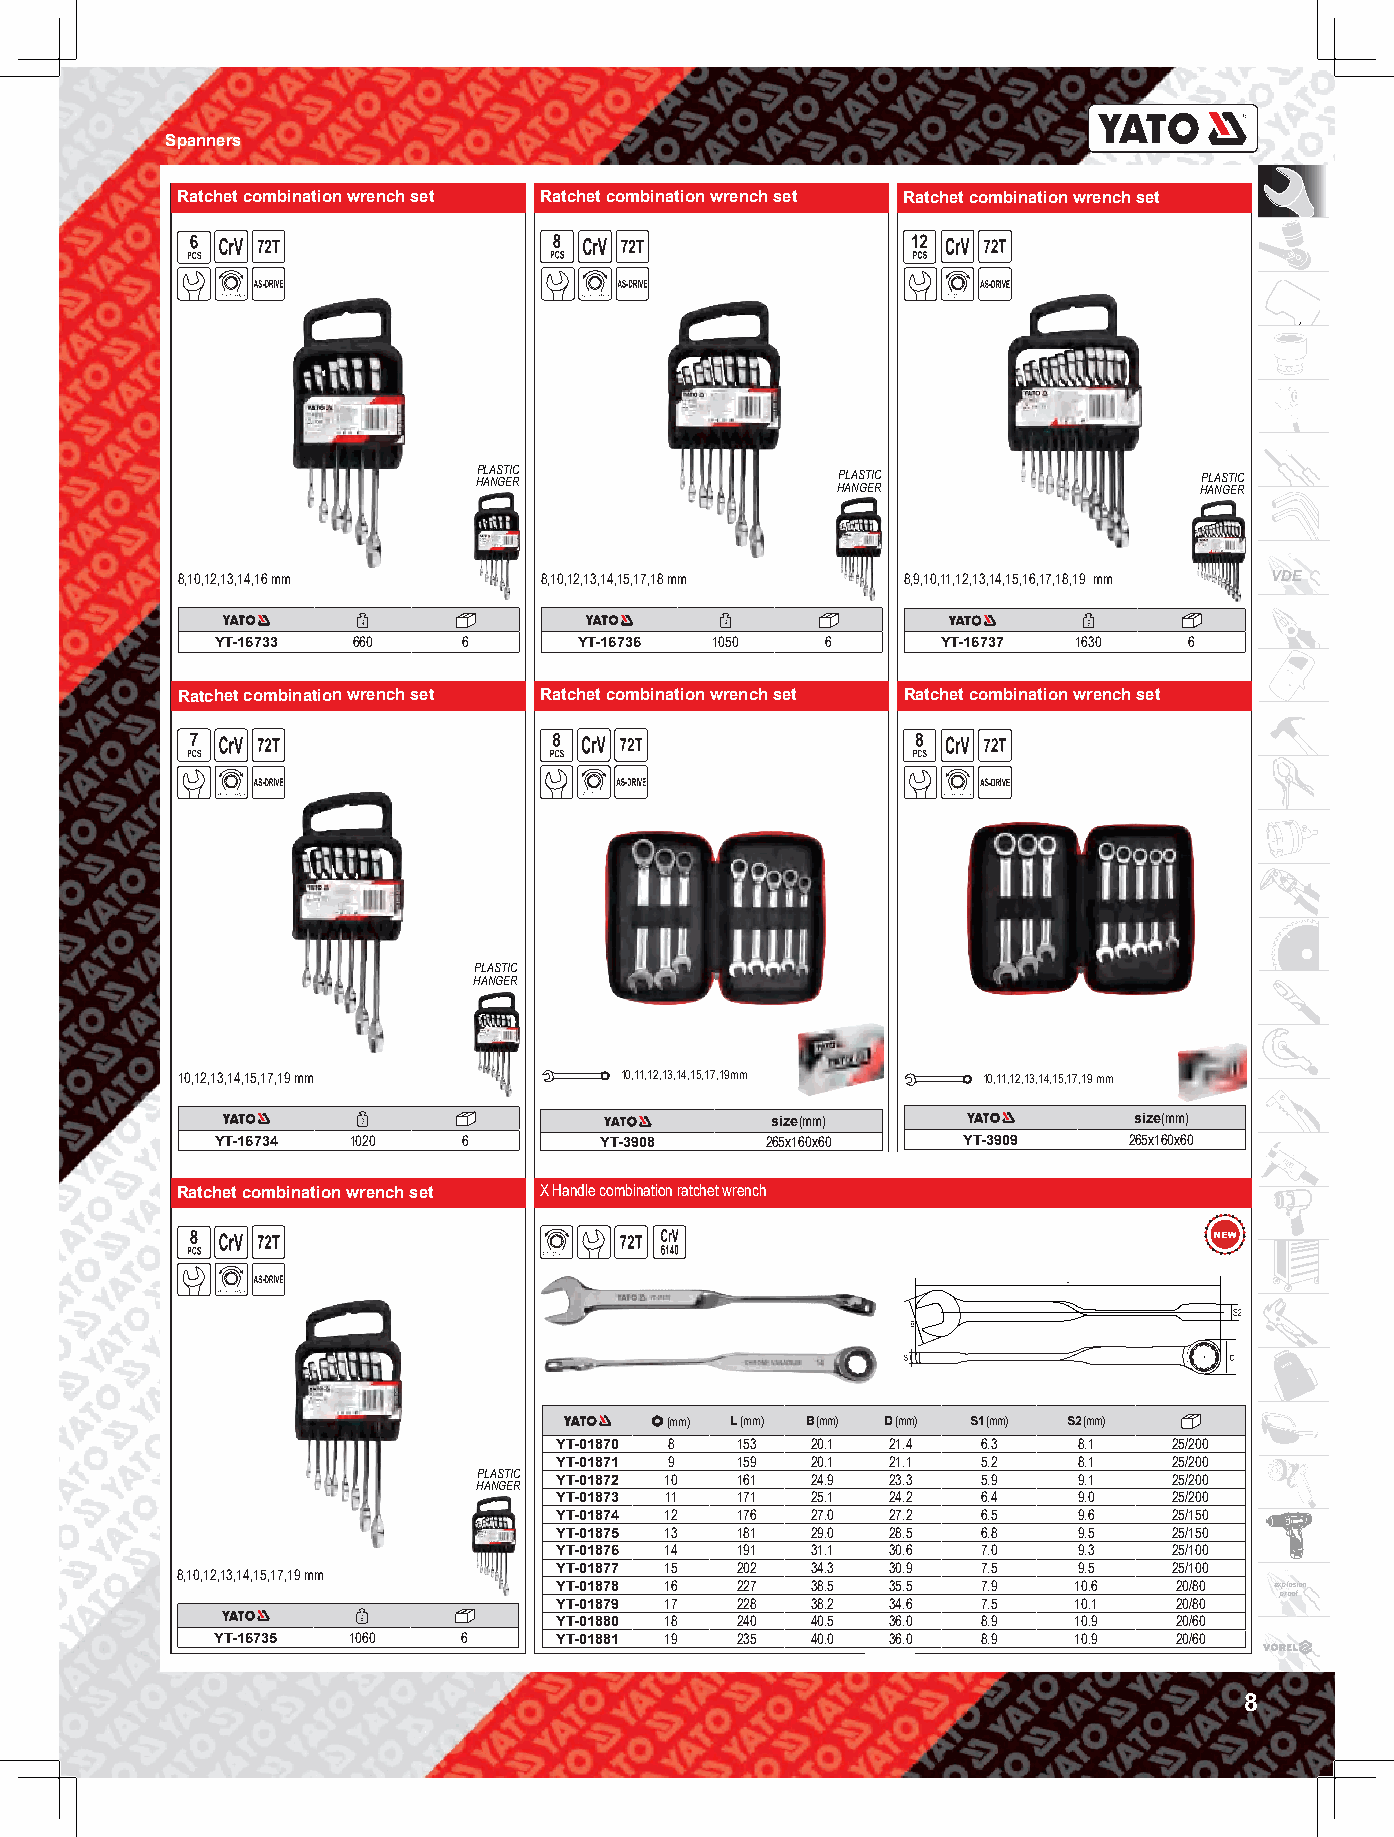
Spanners
 Ratchet combination wrench set Ratchet combination wrench set Ratchet combination wrench set
 HP ALA NS GT EIC R      HP ALA NS GT EIC R      HP ALA NS GT EIC R
 8,10,12,13,14,16 mm     8,10,12,13,14,15,17,18 mm 8,9,10,11,12,13,14,15,16,17,18,19 mm VDE
 YT-16733 660     6      YT-16736 1050    6      YT-16737 1630    6
 Ratchet combination wrench set Ratchet combination wrench set Ratchet combination wrench set
 PLASTIC
 HANGER
 10,12,13,14,15,17,19 mm      10,11,12,13,14,15,17,19mm 10,11,12,13,14,15,17,19 mm
 size(mm)                size(mm)
 YT-16734 1020    6        YT-3908    265x160x60   YT-3909    265x160x60
 Ratchet combination wrench set X Handle combination ratchet wrench
 (mm) L (mm) B (mm) D (mm) S1 (mm) S2 (mm)
 YT-01870 8  153  20.1 21.4  6.3   8.1    25/200
 YT-01871 9  159  20.1 21.1  5.2   8.1    25/200
 HP ALA NS GT EIC R YT-01872 10 161 24.9 23.3 5.9 9.1 25/200
 YT-01873 11 171  25.1 24.2  6.4   9.0    25/200
 YT-01874 12 176  27.0 27.2  6.5   9.6    25/150
 YT-01875 13 181  29.0 28.5  6.8   9.5    25/150
 YT-01876 14 191  31.1 30.6  7.0   9.3    25/100
 8,10,12,13,14,15,17,19 mm YT-01877 15 202 34.3 30.9  7.5   9.5    25/100
 YT-01878 16 227  38.5 35.5  7.9   10.6   20/80 explosion
 proof
 YT-01879 17 228  38.2 34.6  7.5   10.1   20/80
 YT-01880 18 240  40.5 36.0  8.9   10.9   20/60
 YT-16735 1060    6     YT-01881 19 235  40.0 36.0  8.9   10.9   20/60
 8